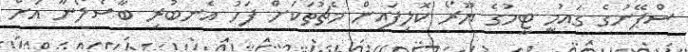
ސްޕޭނުގެ ގައުމީ ޓީމުގެ ޔޫރޯ ކޮލިފައިން މެޗުތަކަށް ފަހު އެނބުރި ބާސެލޯނާ އަށް